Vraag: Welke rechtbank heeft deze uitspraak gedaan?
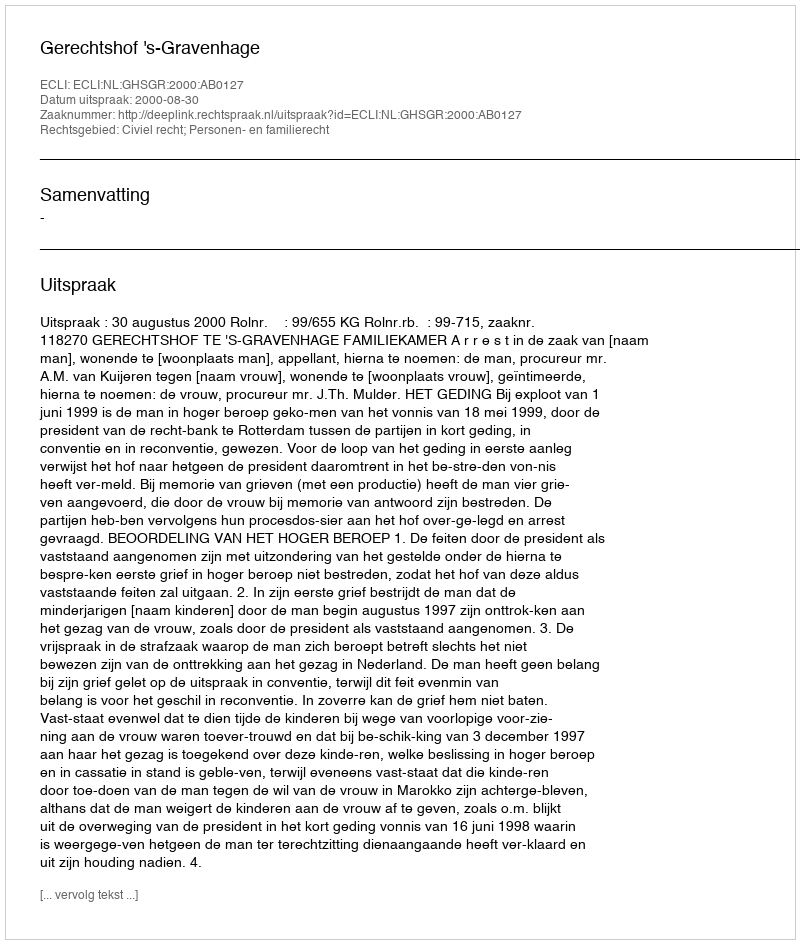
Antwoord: Gerechtshof 's-Gravenhage